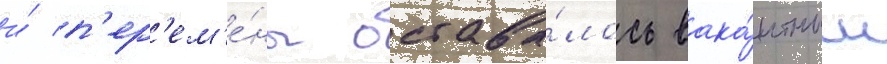
и́ п'ер'ем'е́ны остава́лось вака́нтным